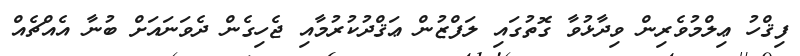
ފިޤްހު ޢިލްމުވެރިން ވިދާޅުވާ ގޮތުގައި ލަފްޒުން ޢަޤްދުކުރުމާއި ޖެހިގެން ދެވަނައަށް ބުނާ އެއްޗެއް